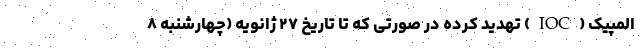
المپیک (IOC) تهدید کرده در صورتی که تا تاریخ ۲۷ ژانویه (چهارشنبه ۸